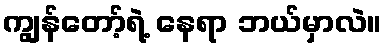
ကျွန်တော့်ရဲ့ နေရာ ဘယ်မှာလဲ။